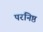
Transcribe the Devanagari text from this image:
परनिष्ठ